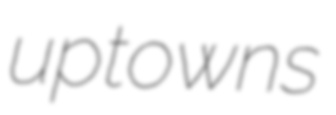
uptowns